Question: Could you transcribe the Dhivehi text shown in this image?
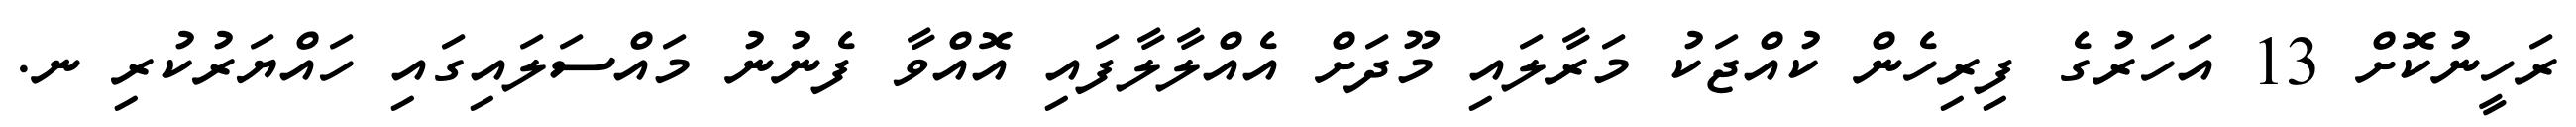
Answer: ރަހީނުކޮށް 13 އަހަރުގެ ފިރިހެން ކުއްޖަކު މަރާލައި މޫދަށް އެއްލާލާފައި އޮއްވާ ފެނުނު މައްސަލައިގައި ހައްޔަރުކުރި ނ.